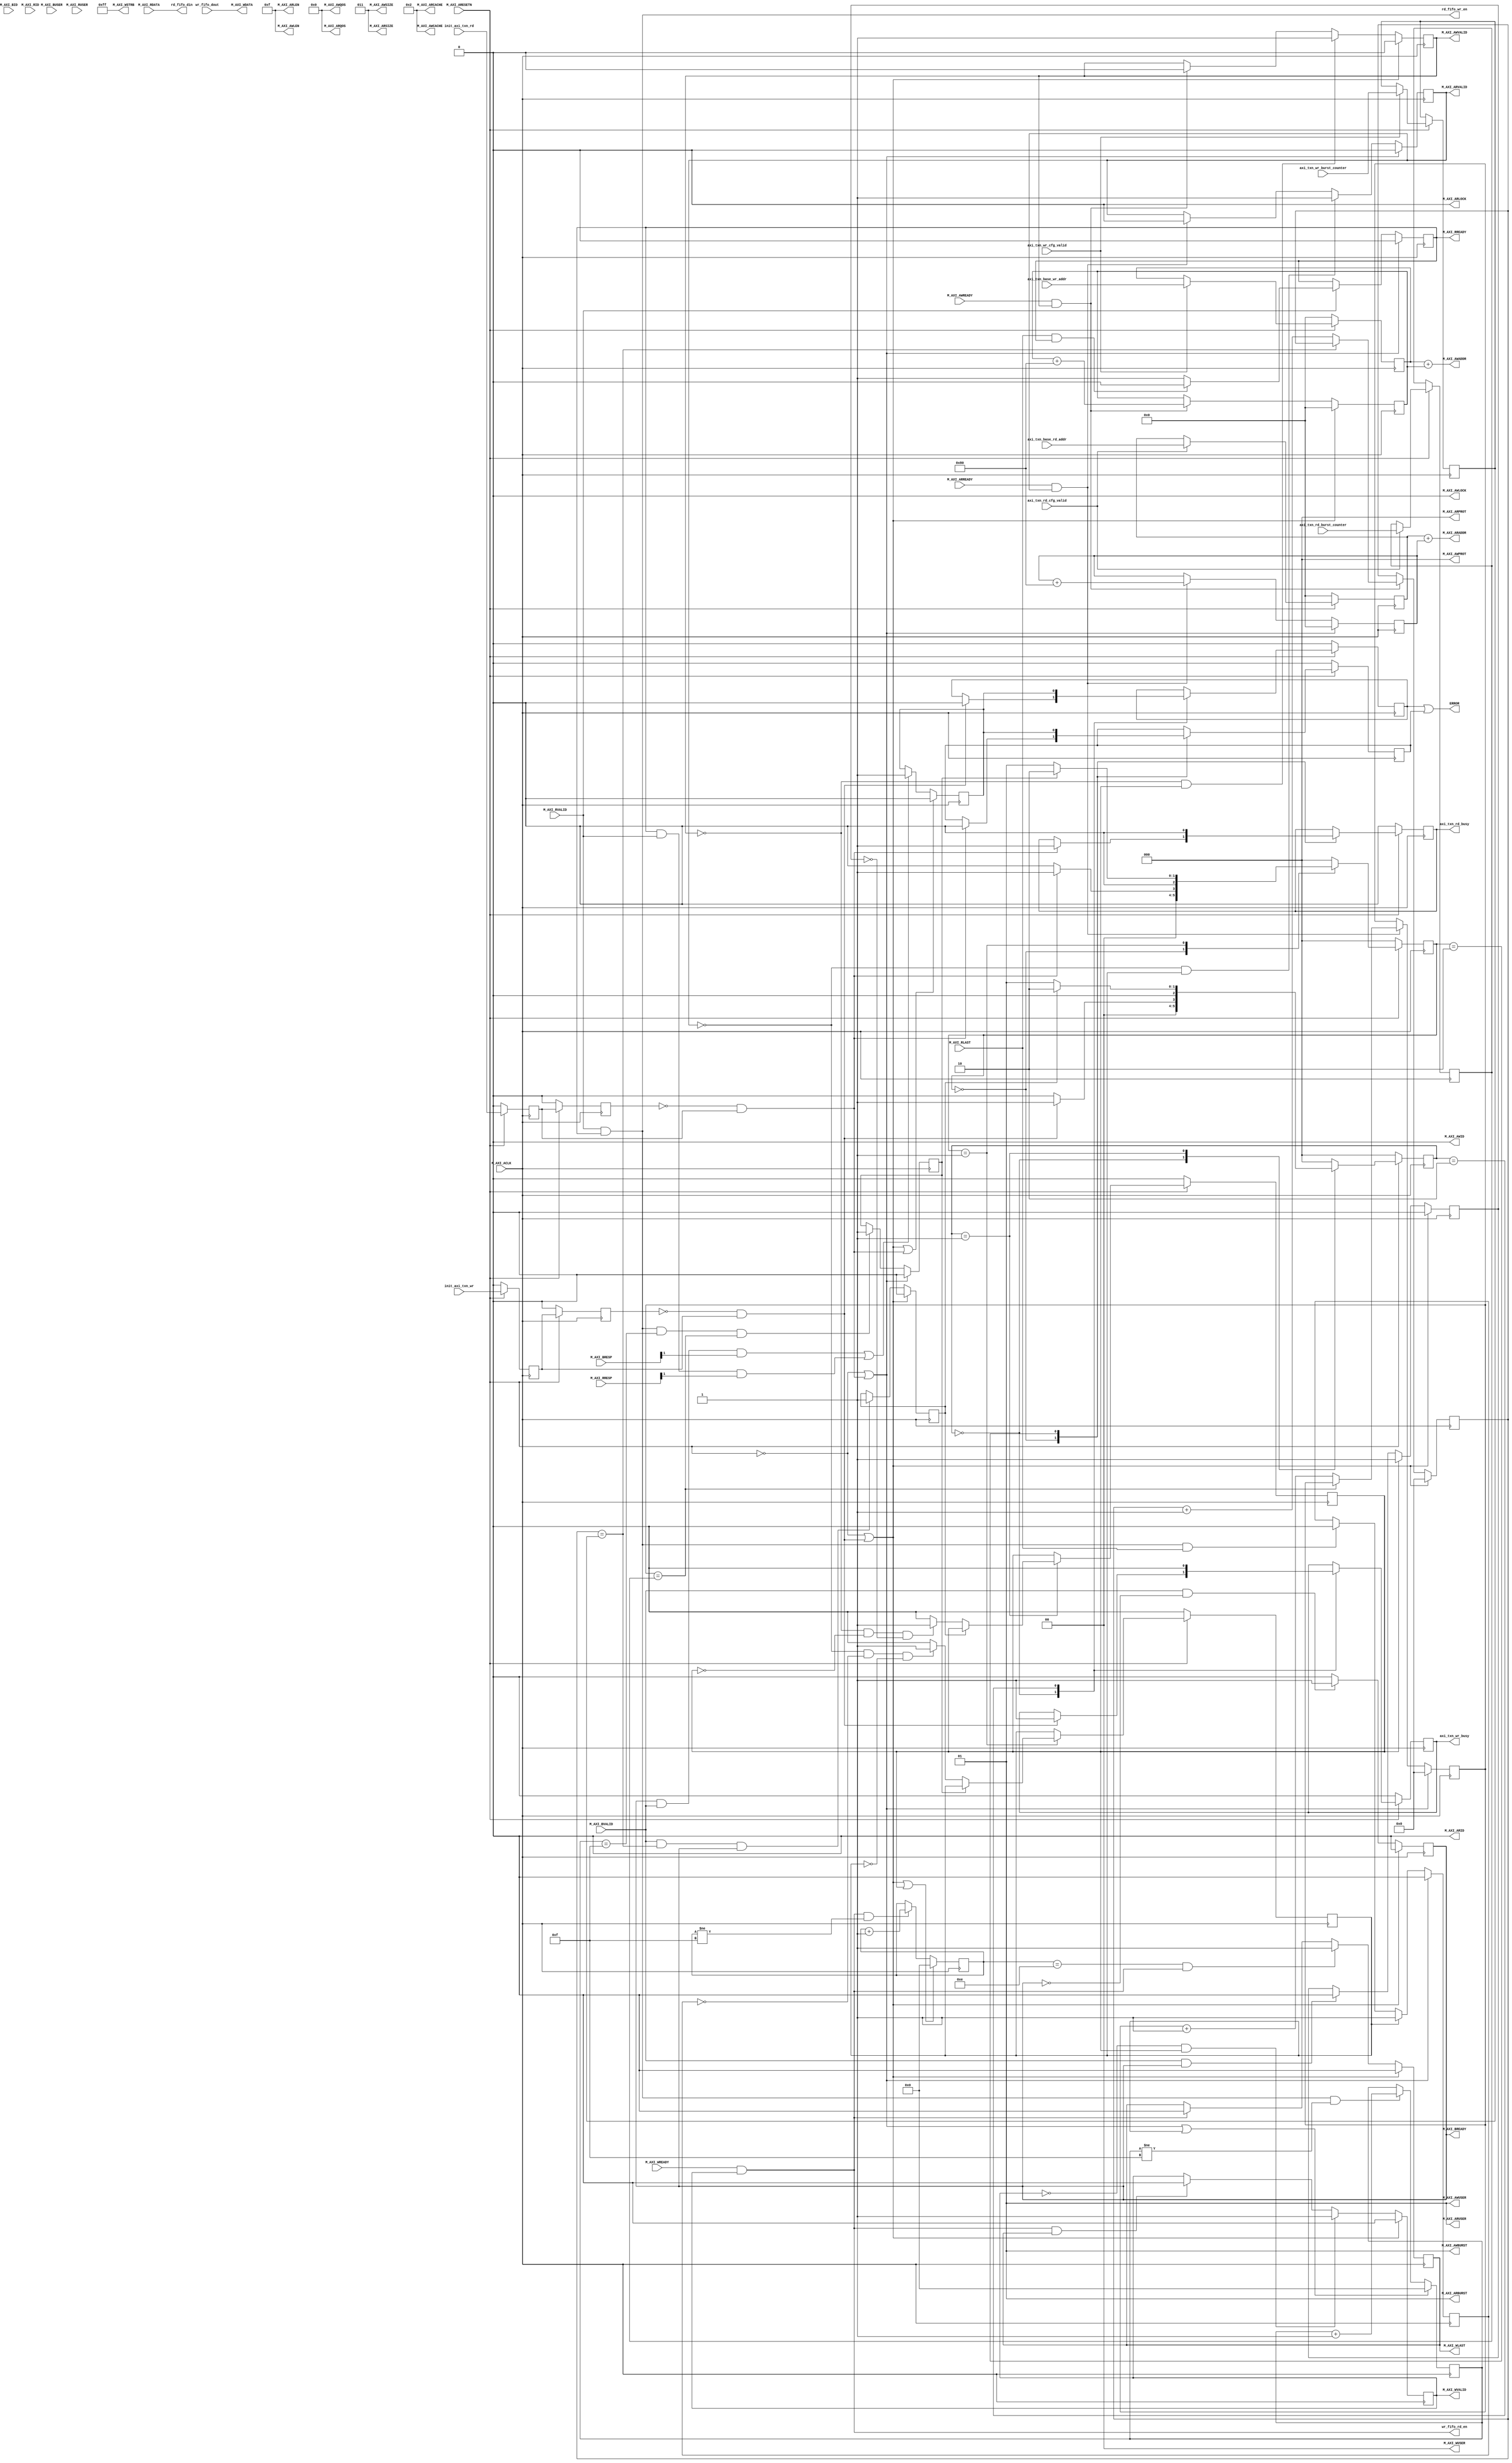

`timescale 1 ns / 1 ps

	module backproject_AXI_MEM #
	(
		// Users to add parameters here

		// total number of burst transfers is master length divided by burst length and burst size
		parameter integer C_NO_BURSTS_REQ = 6,

		// User parameters ends
		// Do not modify the parameters beyond this line
		// Base address of targeted slave
		parameter  C_M_TARGET_SLAVE_BASE_ADDR	= 32'h60000000,
		// Burst Length. Supports 1, 2, 4, 8, 16, 32, 64, 128, 256 burst lengths
		parameter integer C_M_AXI_BURST_LEN	= 16,
		// Thread ID Width
		parameter integer C_M_AXI_ID_WIDTH	= 1,
		// Width of Address Bus
		parameter integer C_M_AXI_ADDR_WIDTH	= 32,
		// Width of Data Bus
		parameter integer C_M_AXI_DATA_WIDTH	= 64,
		// Width of User Write Address Bus
		parameter integer C_M_AXI_AWUSER_WIDTH	= 0,
		// Width of User Read Address Bus
		parameter integer C_M_AXI_ARUSER_WIDTH	= 0,
		// Width of User Write Data Bus
		parameter integer C_M_AXI_WUSER_WIDTH	= 0,
		// Width of User Read Data Bus
		parameter integer C_M_AXI_RUSER_WIDTH	= 0,
		// Width of User Response Bus
		parameter integer C_M_AXI_BUSER_WIDTH	= 0
	)
	(
		// Users to add ports here

		// 
		//
		//
		input wire	[C_M_AXI_ADDR_WIDTH-1 : 0]	axi_txn_base_rd_addr,
		input wire	[C_NO_BURSTS_REQ : 0]		axi_txn_rd_burst_counter, // 4KB
		input wire								axi_txn_rd_cfg_valid,
		output reg								axi_txn_rd_busy,
		input wire								init_axi_txn_rd,

		output wire	[C_M_AXI_DATA_WIDTH-1:0]	rd_fifo_din,
		output wire								rd_fifo_wr_en,

		// 
		input wire	[C_M_AXI_ADDR_WIDTH-1 : 0]	axi_txn_base_wr_addr,
		input wire	[C_NO_BURSTS_REQ : 0]		axi_txn_wr_burst_counter, // 4KB
		input wire								axi_txn_wr_cfg_valid,
		output reg								axi_txn_wr_busy,
		input wire								init_axi_txn_wr,

		output wire								wr_fifo_rd_en,
		input wire	[C_M_AXI_DATA_WIDTH-1:0]	wr_fifo_dout,
		// User ports ends

		// Asserts when ERROR is detected
		output wire	ERROR,
		
		// Do not modify the ports beyond this line
		input wire									M_AXI_ACLK,
		input wire									M_AXI_ARESETN,
		//Master Interface Write Address
		output wire	[C_M_AXI_ID_WIDTH-1 : 0]		M_AXI_AWID,
		output wire	[C_M_AXI_ADDR_WIDTH-1 : 0]		M_AXI_AWADDR,
		output wire	[7 : 0]							M_AXI_AWLEN,
		output wire	[2 : 0]							M_AXI_AWSIZE,
		output wire	[1 : 0]							M_AXI_AWBURST,
		output wire									M_AXI_AWLOCK,
		output wire	[3 : 0]							M_AXI_AWCACHE,
		output wire	[2 : 0]							M_AXI_AWPROT,
		output wire	[3 : 0]							M_AXI_AWQOS,
		output wire	[C_M_AXI_AWUSER_WIDTH-1 : 0]	M_AXI_AWUSER,
		output wire									M_AXI_AWVALID,
		input wire									M_AXI_AWREADY,

		// Master Interface Write Data.
		output wire	[C_M_AXI_DATA_WIDTH-1 : 0]		M_AXI_WDATA,
		output wire	[C_M_AXI_DATA_WIDTH/8-1 : 0]	M_AXI_WSTRB,
		output wire									M_AXI_WLAST,
		output wire	[C_M_AXI_WUSER_WIDTH-1 : 0]		M_AXI_WUSER,
		output wire									M_AXI_WVALID,
		input wire									M_AXI_WREADY,

		// Master Interface Write Response.
		input wire	[C_M_AXI_ID_WIDTH-1 : 0]		M_AXI_BID,
		input wire	[1 : 0]							M_AXI_BRESP,
		input wire	[C_M_AXI_BUSER_WIDTH-1 : 0]		M_AXI_BUSER,
		input wire									M_AXI_BVALID,
		output wire									M_AXI_BREADY,

		// Master Interface Read Address.
		output wire	[C_M_AXI_ID_WIDTH-1 : 0]		M_AXI_ARID,
		output wire	[C_M_AXI_ADDR_WIDTH-1 : 0]		M_AXI_ARADDR,
		output wire	[7 : 0]							M_AXI_ARLEN,
		output wire	[2 : 0]							M_AXI_ARSIZE,
		output wire	[1 : 0]							M_AXI_ARBURST,
		output wire									M_AXI_ARLOCK,
		output wire	[3 : 0]							M_AXI_ARCACHE,
		output wire	[2 : 0]							M_AXI_ARPROT,
		output wire	[3 : 0]							M_AXI_ARQOS,
		output wire	[C_M_AXI_ARUSER_WIDTH-1 : 0]	M_AXI_ARUSER,
		output wire									M_AXI_ARVALID,
		input wire									M_AXI_ARREADY,

        // Master Interface Read Data
		input wire	[C_M_AXI_ID_WIDTH-1 : 0]		M_AXI_RID,
		input wire	[C_M_AXI_DATA_WIDTH-1 : 0]		M_AXI_RDATA,
		input wire	[1 : 0]							M_AXI_RRESP,
		input wire									M_AXI_RLAST,
		input wire	[C_M_AXI_RUSER_WIDTH-1 : 0]		M_AXI_RUSER,
		input wire									M_AXI_RVALID,
		output wire									M_AXI_RREADY
	);

	// function called clogb2 that returns an integer which has the 
	// value of the ceiling of the log base 2.                      
	function integer clogb2 (input integer bit_depth);              
	begin                                                           
	    for(clogb2=0; bit_depth>0; clogb2=clogb2+1)                   
	      bit_depth = bit_depth >> 1;                                 
	    end                                                           
	endfunction                                                     
	// C_TRANSACTIONS_NUM is the width of the index counter for 
	// number of write or read transaction.
	 localparam integer C_TRANSACTIONS_NUM = clogb2(C_M_AXI_BURST_LEN-1);
	

	// State machine
	parameter IDLE = 2'b00,
			  INIT = 2'b01,
			  DONE = 2'b10;

	reg	[2:0] mst_exec_wr_state;
	reg	[2:0] mst_exec_rd_state;

	// AXI4LITE signals
	//AXI4 internal temp signals
	reg [C_M_AXI_ADDR_WIDTH-1 : 0]  axi_wr_base_addr;
	reg [C_M_AXI_ADDR_WIDTH-1 : 0] 	axi_awaddr;
	reg  	axi_awvalid;
	//reg [C_M_AXI_DATA_WIDTH-1 : 0] 	axi_wdata;
	reg  	axi_wlast;
	reg  	axi_wvalid;
	reg  	axi_bready;
	reg [C_M_AXI_ADDR_WIDTH-1 : 0]  axi_rd_base_addr;
	reg [C_M_AXI_ADDR_WIDTH-1 : 0] 	axi_araddr;
	reg  	axi_arvalid;
	reg  	axi_rready;
	//write beat count in a burst
	reg [C_TRANSACTIONS_NUM : 0] 	write_index;
	//read beat count in a burst
	reg [C_TRANSACTIONS_NUM : 0] 	read_index;
	//size of C_M_AXI_BURST_LEN length burst in bytes
	wire [C_TRANSACTIONS_NUM+3 : 0] 	burst_size_bytes;
	//The burst counters are used to track the number of burst transfers of C_M_AXI_BURST_LEN burst length needed to transfer 2^C_MASTER_LENGTH bytes of data.
	reg [C_NO_BURSTS_REQ : 0] 	write_burst_counter;
	reg [C_NO_BURSTS_REQ : 0]   write_burst_counter_r;
	reg [C_NO_BURSTS_REQ : 0] 	read_burst_counter;
	reg [C_NO_BURSTS_REQ : 0]   read_burst_counter_r;
	reg  	start_single_burst_write;
	reg  	start_single_burst_read;
	reg  	writes_done;
	reg  	reads_done;
	reg  	error_reg;
	reg 	error_wr_reg;
	reg 	error_rd_reg;
	reg  	txn_done;
	reg		burst_write_active;
	reg		burst_read_active;

	//Interface response error flags
	wire  	write_resp_error;
	wire  	read_resp_error;
	wire  	wnext;
	wire  	rnext;

	reg init_txn_rd_ff;
	reg init_txn_rd_ff2;
	wire init_txn_rd_pulse;

	reg init_txn_wr_ff;
	reg init_txn_wr_ff2;
	wire init_txn_wr_pulse;


	// I/O Connections assignments
	//I/O Connections. Write Address (AW)
	assign M_AXI_AWID	= 'b0;
	//*****************************************************************************************************//
	//The AXI address is a concatenation of the target base address + active offset range
	assign M_AXI_AWADDR	= axi_wr_base_addr + axi_awaddr;
	//*****************************************************************************************************//
	//Burst LENgth is number of transaction beats, minus 1
	assign M_AXI_AWLEN	= C_M_AXI_BURST_LEN - 1;
	//Size should be C_M_AXI_DATA_WIDTH, in 2^SIZE bytes, otherwise narrow bursts are used
	assign M_AXI_AWSIZE	= clogb2((C_M_AXI_DATA_WIDTH/8)-1);
	//INCR burst type is usually used, except for keyhole bursts
	assign M_AXI_AWBURST	= 2'b01;
	assign M_AXI_AWLOCK	= 1'b0;
	//Update value to 4'b0011 if coherent accesses to be used via the Zynq ACP port. Not Allocated, Modifiable, not Bufferable. Not Bufferable since this example is meant to test memory, not intermediate cache. 
	assign M_AXI_AWCACHE	= 4'b0010;
	assign M_AXI_AWPROT	= 3'h0;
	assign M_AXI_AWQOS	= 4'h0;
	assign M_AXI_AWUSER	= 'b1;
	assign M_AXI_AWVALID	= axi_awvalid;
	//Write Data(W)
	assign M_AXI_WDATA	= wr_fifo_dout;
	//All bursts are complete and aligned in this example
	assign M_AXI_WSTRB	= {(C_M_AXI_DATA_WIDTH/8){1'b1}};
	assign M_AXI_WLAST	= axi_wlast;
	assign M_AXI_WUSER	= 'b0;
	assign M_AXI_WVALID	= axi_wvalid;
	//Write Response (B)
	assign M_AXI_BREADY	= axi_bready;
	//Read Address (AR)
	assign M_AXI_ARID	= 'b0;
	//*****************************************************************************************************//
	assign M_AXI_ARADDR	= axi_rd_base_addr + axi_araddr;
	//*****************************************************************************************************//
	//Burst LENgth is number of transaction beats, minus 1
	assign M_AXI_ARLEN	= C_M_AXI_BURST_LEN - 1;
	//Size should be C_M_AXI_DATA_WIDTH, in 2^n bytes, otherwise narrow bursts are used
	assign M_AXI_ARSIZE	= clogb2((C_M_AXI_DATA_WIDTH/8)-1);
	//INCR burst type is usually used, except for keyhole bursts
	assign M_AXI_ARBURST	= 2'b01;
	assign M_AXI_ARLOCK	= 1'b0;
	//Update value to 4'b0011 if coherent accesses to be used via the Zynq ACP port. Not Allocated, Modifiable, not Bufferable. Not Bufferable since this example is meant to test memory, not intermediate cache. 
	assign M_AXI_ARCACHE	= 4'b0010;
	assign M_AXI_ARPROT	= 3'h0;
	assign M_AXI_ARQOS	= 4'h0;
	assign M_AXI_ARUSER	= 'b1;
	assign M_AXI_ARVALID	= axi_arvalid;
	//Read and Read Response (R)
	assign M_AXI_RREADY	= axi_rready;

	//My design I/O
	assign ERROR = error_wr_reg | error_rd_reg;

	//FIFO I/0
	assign rd_fifo_din  = M_AXI_RDATA;
	assign rd_fifo_wr_en = rnext;
	assign wr_fifo_rd_en = wnext;

	//Burst size in bytes
	assign burst_size_bytes	= C_M_AXI_BURST_LEN * C_M_AXI_DATA_WIDTH / 8;
	assign init_txn_rd_pulse = (!init_txn_rd_ff2) && init_txn_rd_ff;
	assign init_txn_wr_pulse = (!init_txn_wr_ff2) && init_txn_wr_ff;


	//Generate a pulse to initiate AXI transaction.
	always @(posedge M_AXI_ACLK)										      
	  begin                                                                        
	    // Initiates AXI transaction delay    
	    if (M_AXI_ARESETN == 0 )                                                   
	      begin           
	        init_txn_rd_ff  <= 1'b0;                                                                                                   
	        init_txn_rd_ff2 <= 1'b0;
	        init_txn_wr_ff  <= 1'b0;
	        init_txn_wr_ff2 <= 1'b0;
	      end                                                                               
	    else                                                                       
	      begin  
	        init_txn_rd_ff  <= init_axi_txn_rd;
	        init_txn_rd_ff2 <= init_txn_rd_ff;
			init_txn_wr_ff  <= init_axi_txn_wr;   
			init_txn_wr_ff2 <= init_txn_wr_ff;                                                      
	      end                                                                      
	  end

	//
	always @(posedge M_AXI_ACLK)										      
	  begin                                                                        
	    if (M_AXI_ARESETN == 0 )                                                   
	      begin
	        axi_wr_base_addr      <= 32'b0;                                                                            
	      end                                                                               
	    else if(axi_txn_wr_cfg_valid)                                                                   
	      begin
			axi_wr_base_addr      <= axi_txn_base_wr_addr;
			write_burst_counter_r <= axi_txn_wr_burst_counter;                                      
	      end
	    else
	      begin
			axi_wr_base_addr      <= axi_wr_base_addr;
			write_burst_counter_r <= write_burst_counter_r;                                     
	      end                                                                 
	  end
	  always @(posedge M_AXI_ACLK)										      
	  begin                                                                        
	    if (M_AXI_ARESETN == 0 )                                                   
	      begin                                                                      
	        axi_rd_base_addr      <= 32'b0;
	      end                                                                               
	    else if(axi_txn_rd_cfg_valid)                                                                   
	      begin
	        axi_rd_base_addr      <= axi_txn_base_rd_addr;
			read_burst_counter_r  <= axi_txn_rd_burst_counter;                                           
	      end
	    else
	      begin
	        axi_rd_base_addr      <= axi_rd_base_addr;
			read_burst_counter_r  <= read_burst_counter_r;                                           
	      end                                                                 
	  end  

	//--------------------
	//Write Address Channel
	//--------------------

	  always @(posedge M_AXI_ACLK)                                   
	  begin                                                                
	                                                                       
	    if (M_AXI_ARESETN == 0 || init_txn_wr_pulse == 1'b1 )                                           
	      begin                                                            
	        axi_awvalid <= 1'b0;                                           
	      end                                                              
	    // If previously not valid , start next transaction                
	    else if (~axi_awvalid && start_single_burst_write)                 
	      begin                                                            
	        axi_awvalid <= 1'b1;                                           
	      end                                                              
	    /* Once asserted, VALIDs cannot be deasserted, so axi_awvalid      
	    must wait until transaction is accepted */                         
	    else if (M_AXI_AWREADY && axi_awvalid)                             
	      begin                                                            
	        axi_awvalid <= 1'b0;                                           
	      end                                                              
	    else                                                               
	      axi_awvalid <= axi_awvalid;                                      
	    end                                                                
	                                                                       
	                                                                       
	// Next address after AWREADY indicates previous address acceptance    
	  always @(posedge M_AXI_ACLK)                                         
	  begin                                                                
	    if (M_AXI_ARESETN == 0 || init_txn_wr_pulse == 1'b1)                                            
	      begin                                                            
	        axi_awaddr <= 'b0;                                             
	      end                                                              
	    else if (M_AXI_AWREADY && axi_awvalid)                             
	      begin                                                            
	        axi_awaddr <= axi_awaddr + burst_size_bytes;                   
	      end                                                              
	    else                                                               
	      axi_awaddr <= axi_awaddr;                                        
	    end                                                                


	//--------------------
	//Write Data Channel
	//--------------------
	  assign wnext = M_AXI_WREADY & axi_wvalid;                                   
	                                                                                    
	// WVALID logic, similar to the axi_awvalid always block above                      
	  always @(posedge M_AXI_ACLK)                                                      
	  begin                                                                             
	    if (M_AXI_ARESETN == 0 || init_txn_wr_pulse == 1'b1 )                              
	      begin                                                                         
	        axi_wvalid <= 1'b0;                                                         
	      end                                                                           
	    // If previously not valid, start next transaction                              
	    else if (~axi_wvalid && start_single_burst_write)                               
	      begin                                                                         
	        axi_wvalid <= 1'b1;                                                         
	      end                                                                                                        
	    else if (wnext && axi_wlast)                                                    
	      axi_wvalid <= 1'b0;                                                           
	    else                                                                            
	      axi_wvalid <= axi_wvalid;                                                     
	  end                                                                               
	                                                                                    
                 
	  always @(posedge M_AXI_ACLK)                                                      
	  begin                                                                             
	    if (M_AXI_ARESETN == 0 || init_txn_wr_pulse == 1'b1 )                                                        
	      begin                                                                         
	        axi_wlast <= 1'b0;                                                          
	      end                                                                           
	    else if (((write_index == C_M_AXI_BURST_LEN-2 && C_M_AXI_BURST_LEN >= 2) && wnext) || (C_M_AXI_BURST_LEN == 1 ))
	      begin                                                                         
	        axi_wlast <= 1'b1;                                                          
	      end                                                                                                       
	    else if (wnext)                                                                 
	      axi_wlast <= 1'b0;                                                            
	    else if (axi_wlast && C_M_AXI_BURST_LEN == 1)                                   
	      axi_wlast <= 1'b0;                                                            
	    else                                                                            
	      axi_wlast <= axi_wlast;                                                       
	  end                                                                               
	                                                                                                                                                                
	/* Burst length counter. Uses extra counter register bit to indicate terminal       
	 count to reduce decode logic */                                                    
	  always @(posedge M_AXI_ACLK)                                                      
	  begin                                                                             
	    if (M_AXI_ARESETN == 0 || init_txn_wr_pulse == 1'b1 || start_single_burst_write == 1'b1)    
	      begin                                                                         
	        write_index <= 0;                                                           
	      end                                                                           
	    else if (wnext && (write_index != C_M_AXI_BURST_LEN-1))                         
	      begin                                                                         
	        write_index <= write_index + 1;                                             
	      end                                                                           
	    else                                                                            
	      write_index <= write_index;                                                   
	  end                                                                               
	                                                                                    

	//----------------------------
	//Write Response (B) Channel
	//----------------------------

	  always @(posedge M_AXI_ACLK)                                     
	  begin                                                                 
	    if (M_AXI_ARESETN == 0 || init_txn_wr_pulse == 1'b1 )                                            
	      begin                                                             
	        axi_bready <= 1'b0;                                             
	      end                                                                                      
	    else if (M_AXI_BVALID && ~axi_bready)                               
	      begin                                                             
	        axi_bready <= 1'b1;                                             
	      end                                                                                            
	    else if (axi_bready)                                                
	      begin                                                             
	        axi_bready <= 1'b0;                                             
	      end                                                                                                  
	    else                                                                
	      axi_bready <= axi_bready;                                         
	  end                                                                   
	                                                                                                                                         
	//Flag any write response errors                                        
	  assign write_resp_error = axi_bready & M_AXI_BVALID & M_AXI_BRESP[1]; 


	//----------------------------
	//Read Address Channel
	//----------------------------

	  always @(posedge M_AXI_ACLK)                                 
	  begin                                                              
	                                                                     
	    if (M_AXI_ARESETN == 0 || init_txn_rd_pulse == 1'b1 )                                         
	      begin                                                          
	        axi_arvalid <= 1'b0;                                         
	      end                                                            
	    // If previously not valid , start next transaction              
	    else if (~axi_arvalid && start_single_burst_read)                
	      begin                                                          
	        axi_arvalid <= 1'b1;                                         
	      end                                                            
	    else if (M_AXI_ARREADY && axi_arvalid)                           
	      begin                                                          
	        axi_arvalid <= 1'b0;                                         
	      end                                                            
	    else                                                             
	      axi_arvalid <= axi_arvalid;                                    
	  end                                                                
	                                                                     
	                                                                     
	// Next address after ARREADY indicates previous address acceptance  
	  always @(posedge M_AXI_ACLK)                                       
	  begin                                                              
	    if (M_AXI_ARESETN == 0 || init_txn_rd_pulse == 1'b1)                                          
	      begin                                                          
	        axi_araddr <= 'b0;                                           
	      end                                                            
	    else if (M_AXI_ARREADY && axi_arvalid)                           
	      begin                                                          
	        axi_araddr <= axi_araddr + burst_size_bytes;                 
	      end                                                            
	    else                                                             
	      axi_araddr <= axi_araddr;                                      
	  end                                                                


	//--------------------------------
	//Read Data (and Response) Channel
	//--------------------------------

	 // Forward movement occurs when the channel is valid and ready   
	  assign rnext = M_AXI_RVALID && axi_rready;                            
	                                                                        
	                                                                        
	// Burst length counter. Uses extra counter register bit to indicate    
	// terminal count to reduce decode logic                                
	  always @(posedge M_AXI_ACLK)                                          
	  begin                                                                 
	    if (M_AXI_ARESETN == 0 || init_txn_rd_pulse == 1'b1 || start_single_burst_read)                  
	      begin                                                             
	        read_index <= 0;                                                
	      end                                                               
	    else if (rnext && (read_index != C_M_AXI_BURST_LEN-1))              
	      begin                                                             
	        read_index <= read_index + 1;                                   
	      end                                                               
	    else                                                                
	      read_index <= read_index;                                         
	  end                                                                   
	                                                                        
	                                                                        
	/*                                                                      
	 The Read Data channel returns the results of the read request          
	                                                                                     
	 */                                                                     
	  always @(posedge M_AXI_ACLK)                                          
	  begin                                                                 
	    if (M_AXI_ARESETN == 0 || init_txn_rd_pulse == 1'b1 )                  
	      begin                                                             
	        axi_rready <= 1'b0;                                             
	      end                                                               
	    // accept/acknowledge rdata/rresp with axi_rready by the master     
	    // when M_AXI_RVALID is asserted by slave                           
	    else if (M_AXI_RVALID)                       
	      begin                                      
	         if (M_AXI_RLAST && axi_rready)          
	          begin                                  
	            axi_rready <= 1'b0;                  
	          end                                    
	         else                                    
	           begin                                 
	             axi_rready <= 1'b1;                 
	           end                                   
	      end                                        
	    // retain the previous value                 
	  end                                            
	                                                                                                                                      	                                                                        
	//Flag any read response errors                                         
	  assign read_resp_error = axi_rready & M_AXI_RVALID & M_AXI_RRESP[1];  


	  always @(posedge M_AXI_ACLK)                                 
	  begin                                                              
	    if (M_AXI_ARESETN == 0 || init_txn_wr_pulse == 1'b1  || init_txn_rd_pulse == 1'b1)                                          
	      begin                                                          
	        error_reg <= 1'b0;                                           
	      end                                                            
	    else if (write_resp_error || read_resp_error)
	      begin                                                          
	        error_reg <= 1'b1;                                           
	      end                                                            
	    else                                                             
	      error_reg <= error_reg;                                        
	  end                                                                


	 // write_burst_counter counter keeps track with the number of burst transaction initiated            
	 // against the number of burst transactions the master needs to initiate  
	 wire write_burst_counter_equal;
	 assign write_burst_counter_equal = write_burst_counter == write_burst_counter_r;                                 
	  always @(posedge M_AXI_ACLK)                                                                              
	  begin                                                                                                     
	    if (M_AXI_ARESETN == 0 || init_txn_wr_pulse == 1'b1 )                                                                                 
	      begin                                                                                                 
	        write_burst_counter <= 'b0;                                                                         
	      end                                                                                                   
	    else if (M_AXI_AWREADY && axi_awvalid)                                                                  
	      begin                                                                                                 
	        if (!write_burst_counter_equal)                                                   
	          begin                                                                                             
	            write_burst_counter <= write_burst_counter + 1'b1;                                              
	            //write_burst_counter[C_NO_BURSTS_REQ] <= 1'b1;                                                 
	          end                                                                                               
	      end                                                                                                   
	    else                                                                                                    
	      write_burst_counter <= write_burst_counter;                                                           
	  end                                                                                                       
	                                                                                                            
	 // read_burst_counter counter keeps track with the number of burst transaction initiated                   
	 // against the number of burst transactions the master needs to initiate 
	 wire read_burst_counter_equal;
	 assign read_burst_counter_equal = read_burst_counter == read_burst_counter_r;                                     
	  always @(posedge M_AXI_ACLK)                                                                              
	  begin                                                                                                     
	    if (M_AXI_ARESETN == 0 || init_txn_rd_pulse == 1'b1)                                                                                 
	      begin                                                                                                 
	        read_burst_counter <= 'b0;                                                                          
	      end                                                                                                   
	    else if (M_AXI_ARREADY && axi_arvalid)                                                                  
	      begin                                                                                                 
	        if (!read_burst_counter_equal)                                                    
	          begin                                                                                             
	            read_burst_counter <= read_burst_counter + 1'b1;                                                
	            //read_burst_counter[C_NO_BURSTS_REQ] <= 1'b1;                                                  
	          end                                                                                               
	      end                                                                                                   
	    else                                                                                                    
	      read_burst_counter <= read_burst_counter;                                                             
	  end                                                                                                       
	                                                                                                            
	  /**********************write state machine********************************/                                                                                                                                                                                                                                                    
	  always @ ( posedge M_AXI_ACLK)                                                                            
	  begin                                                                                                     
	    if (M_AXI_ARESETN == 1'b0 )                                                                             
	      begin                                                                                                                                
	        mst_exec_wr_state      <= IDLE;                                                                
	        start_single_burst_write <= 1'b0;                                                                                                                                                                                                        
	        error_wr_reg <= 1'b0;
	        axi_txn_wr_busy <= 1'b0;
	      end                                                                                                   
	    else                                                                                                    
	      begin                                                                                                                                                                                                
	        // state transition                                                                                 
	        case (mst_exec_wr_state)                                                                                                                                                                                  
	          IDLE:                                                                                                                                                         
	            if (init_txn_wr_pulse == 1'b1)                                                      
	              begin                                                                                         
	                mst_exec_wr_state  <= INIT;                                                              
	                error_wr_reg <= 1'b0;
	                axi_txn_wr_busy <= 1'b1;  
	              end                                                                                           
	            else                                                                                            
	              begin                                                                                         
	                mst_exec_wr_state  <= IDLE;                                                            
	              end                                                                                                                                                                                   
	          INIT:                                                                                                                                                                 
	            if (writes_done)                                                                                
	              begin                                                                                         
	                mst_exec_wr_state <= DONE;//                                                              
	              end                                                                                           
	            else                                                                                            
	              begin                                                                                         
	                mst_exec_wr_state  <= INIT;                                                                                                                                                   
	                if (~axi_awvalid && ~start_single_burst_write && ~burst_write_active)                       
	                  begin                                                                                     
	                    start_single_burst_write <= 1'b1;                                                      
	                  end                                                                                       
	                else                                                                                        
	                  begin                                                                                     
	                    start_single_burst_write <= 1'b0; //Negate to generate a pulse                          
	                  end                                                                                       
	              end                                                                                                                                                                              
	          DONE:                                                                                                                                                                  
	            begin                                                                                           
	              error_wr_reg <= error_reg;
	              axi_txn_wr_busy <= 1'b0;
	              mst_exec_wr_state <= IDLE;                                                                                                                                       
	            end                                                                                             
	          default :                                                                                         
	            begin                                                                                           
	              mst_exec_wr_state  <= IDLE;                                                              
	            end                                                                                             
	        endcase                                                                                             
	      end                                                                                                   
	  end //MASTER_EXECUTION_PROC                                                                               
	  

	  /**********************read state machine********************************/                                                                                                                                                                                                                                                    
	  always @ ( posedge M_AXI_ACLK)                                                                            
	  begin                                                                                                     
	    if (M_AXI_ARESETN == 1'b0 )                                                                             
	      begin                                                                                                                                
	        mst_exec_rd_state      <= IDLE;                                                                
	        start_single_burst_read <= 1'b0;                                                                                                                                                                                                             
	        error_rd_reg <= 1'b0; 
	        axi_txn_rd_busy <= 1'b0;  
	      end                                                                                                   
	    else                                                                                                    
	      begin                                                                                                                                                                                                
	        // state transition                                                                                 
	        case (mst_exec_rd_state)                                                                                                                                                                                  
	          IDLE:                                                                                                                                                         
	            if (init_txn_rd_pulse == 1'b1)                                                      
	              begin                                                                                         
	                mst_exec_rd_state  <= INIT;                                                              
	                error_rd_reg <= 1'b0;
	                axi_txn_rd_busy <= 1'b1; 
	              end                                                                                           
	            else                                                                                            
	              begin                                                                                         
	                mst_exec_rd_state  <= IDLE;                                                            
	              end
	          INIT:                                                                                                                                                                      
	            if (reads_done)                                                                                 
	              begin                                                                                         
	                mst_exec_rd_state <= DONE;                                                             
	              end                                                                                           
	            else                                                                                            
	              begin                                                                                         
	                mst_exec_rd_state  <= INIT;                                                                                                                                                   
	                if (~axi_arvalid && ~burst_read_active && ~start_single_burst_read)                         
	                  begin                                                                                     
	                    start_single_burst_read <= 1'b1;                                                        
	                  end                                                                                       
	               else                                                                                         
	                 begin                                                                                      
	                   start_single_burst_read <= 1'b0; //Negate to generate a pulse                            
	                 end                                                                                        
	              end                                                                                                                                                                                                                                                                                                                                                       
	          DONE:                                                                                                                                                                  
	            begin                                                                                           
	              error_rd_reg <= error_reg;
	              mst_exec_rd_state <= IDLE;
	              axi_txn_rd_busy <= 1'b0;                                                                                                                                        
	            end                                                                                             
	          default :                                                                                         
	            begin                                                                                           
	              mst_exec_rd_state  <= IDLE;                                                              
	            end                                                                                             
	        endcase                                                                                             
	      end                                                                                                   
	  end //MASTER_EXECUTION_PROC    

	                                                                                                        
	  // burst_write_active signal is asserted when there is a burst write transaction                          
	  // is initiated by the assertion of start_single_burst_write. burst_write_active                          
	  // signal remains asserted until the burst write is accepted by the slave                                 
	  always @(posedge M_AXI_ACLK)                                                                              
	  begin                                                                                                     
	    if (M_AXI_ARESETN == 0 || init_txn_wr_pulse == 1'b1)                                                                                 
	      burst_write_active <= 1'b0;                                                                                                                                                                       
	    //The burst_write_active is asserted when a write burst transaction is initiated                        
	    else if (start_single_burst_write)                                                                      
	      burst_write_active <= 1'b1;

	    else if (M_AXI_BVALID && axi_bready)                                                                    
	      burst_write_active <= 0;                                                                              
	  end                                                                                                       
	                                                                                                            
	 // Check for last write completion.                                                                        
	                                                                                                            
	 // This logic is to qualify the last write count with the final write                                      
	 // response. This demonstrates how to confirm that a write has been                                        
	 // committed.                                                                                              
	                                                                                                            
	  always @(posedge M_AXI_ACLK)                                                                              
	  begin                                                                                                     
	    if (M_AXI_ARESETN == 0 || init_txn_wr_pulse == 1'b1)                                                                                 
	      writes_done <= 1'b0;                                                                                                                                                                                
	    //The writes_done should be associated with a bready response                                           
	    //else if (M_AXI_BVALID && axi_bready && (write_burst_counter == {(C_NO_BURSTS_REQ-1){1}}) && axi_wlast)
	    else if (M_AXI_BVALID && write_burst_counter_equal && axi_bready)                          
	      writes_done <= 1'b1;                                                                                  
	    else                                                                                                    
	      writes_done <= writes_done;                                                                           
	    end                                                                                                     
	                                                                                                            
	  // burst_read_active signal is asserted when there is a burst write transaction                           
	  // is initiated by the assertion of start_single_burst_write. start_single_burst_read                     
	  // signal remains asserted until the burst read is accepted by the master                                 
	  always @(posedge M_AXI_ACLK)                                                                              
	  begin                                                                                                     
	    if (M_AXI_ARESETN == 0 || init_txn_rd_pulse == 1'b1) begin                                                                            
	      burst_read_active <= 1'b0; 
	    end                                                                                                                                                                          
	    //The burst_write_active is asserted when a write burst transaction is initiated                        
	    else if (start_single_burst_read) begin                                                                    
	      burst_read_active <= 1'b1;
	    end                                                                            
	    else if (M_AXI_RVALID && axi_rready && M_AXI_RLAST) begin                                                     
	      burst_read_active <= 1'b0;
	    end                                                                               
	  end                                                                                                     
	                                                                                                            
	                                                                                                            
	 // Check for last read completion.                                                                         
	                                                                                                            
	 // This logic is to qualify the last read count with the final read                                        
	 // response. This demonstrates how to confirm that a read has been                                         
	 // committed.                                                                                              
	                                                                                                            
	  always @(posedge M_AXI_ACLK)                                                                              
	  begin                                                                                                     
	    if (M_AXI_ARESETN == 0 || init_txn_rd_pulse == 1'b1)                                                                                 
	      reads_done <= 1'b0;                                                                                                                                                                                         
	    //The reads_done should be associated with a rready response                                            
	    //else if (M_AXI_BVALID && axi_bready && (write_burst_counter == {(C_NO_BURSTS_REQ-1){1}}) && axi_wlast)
	    else if (M_AXI_RVALID && axi_rready && (read_index == C_M_AXI_BURST_LEN-1) && (read_burst_counter_equal))
	      reads_done <= 1'b1;                                                                                   
	    else                                                                                                    
	      reads_done <= reads_done;                                                                             
	    end                                                                                                     

	// Add user logic here

	// User logic ends

	endmodule